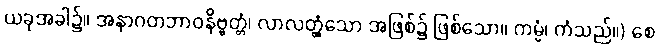
ယခုအခါ၌။ အနာဂတဘာဝနိဗ္ဗတ္တံ၊ လာလတ္တံ့သော အဖြစ်၌ ဖြစ်သော။ ကမ္မံ၊ ကံသည်။) စေ